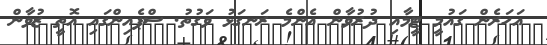
އަހަރެން ގައުމީ ޓީމާއި ދުރުވާން އެންމެ ރަނގަޅު ވަގުތު. ސްޕެއިންގައި އޮތީ ޒުވާން